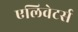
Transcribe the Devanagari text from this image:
एलिवेटर्स